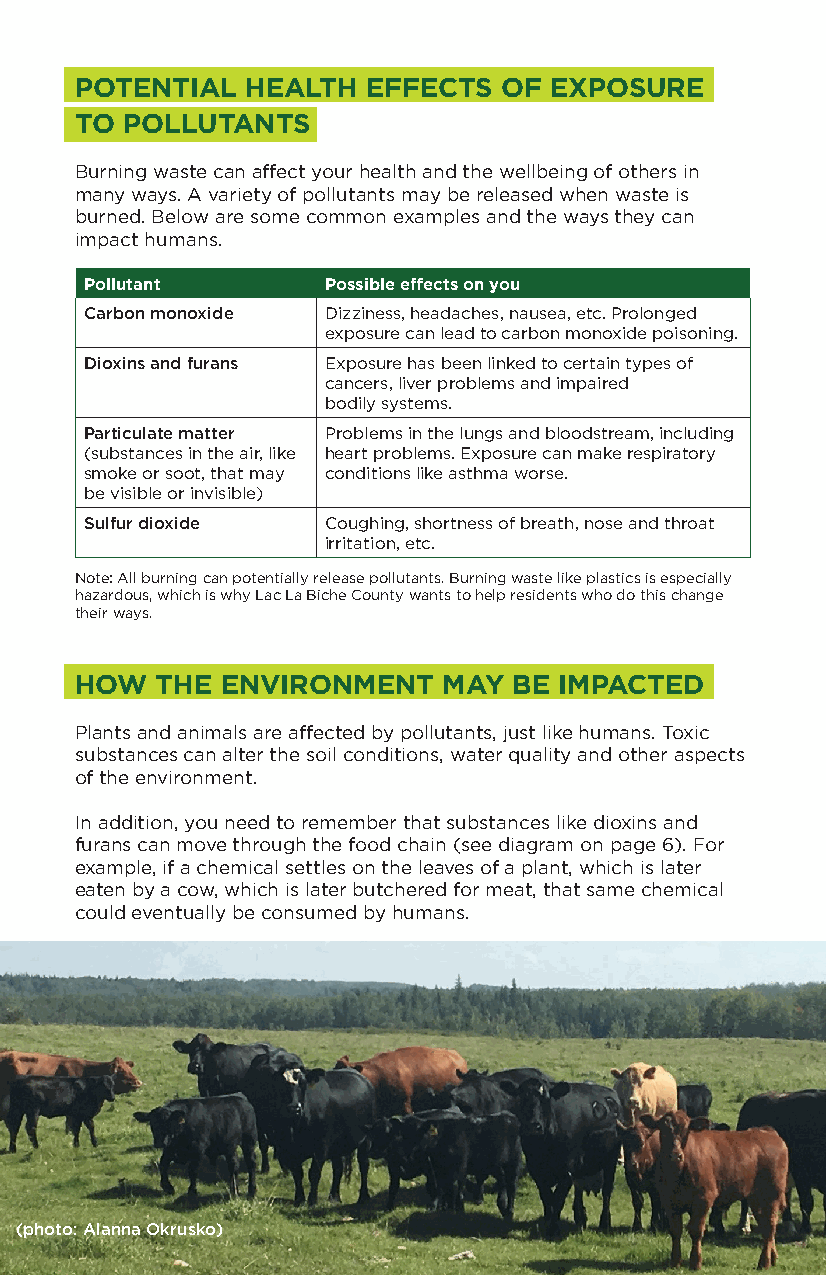
POTENTIAL  HEALTH  EFFECTS  OF EXPOSURE
 TO POLLUTANTS
 Burning waste can affect your health and the wellbeing of others in
 many ways. A variety of pollutants may be released when waste is
 burned. Below are some common examples and the ways they can
 impact humans.
 Pollutant      Possible effects on you
 Carbon monoxide Dizziness, headaches, nausea, etc. Prolonged
 exposure can lead to carbon monoxide poisoning.
 Dioxins and furans Exposure has been linked to certain types of
 cancers, liver problems and impaired
 bodily systems.
 Particulate matter Problems in the lungs and bloodstream, including
 (substances in the air, like heart problems. Exposure can make respiratory
 smoke or soot, that may conditions like asthma worse.
 be visible or invisible)
 Sulfur dioxide Coughing, shortness of breath, nose and throat
 irritation, etc.
 Note: All burning can potentially release pollutants. Burning waste like plastics is especially
 hazardous, which is why Lac La Biche County wants to help residents who do this change
 their ways.
 HOW  THE  ENVIRONMENT   MAY  BE IMPACTED
 Plants and animals are affected by pollutants, just like humans. Toxic
 substances can alter the soil conditions, water quality and other aspects
 of the environment.
 In addition, you need to remember that substances like dioxins and
 furans can move through the food chain (see diagram on page 6). For
 example, if a chemical settles on the leaves of a plant, which is later
 eaten by a cow, which is later butchered for meat, that same chemical
 could eventually be consumed by humans.
 (photo: Alanna Okrusko)                         07